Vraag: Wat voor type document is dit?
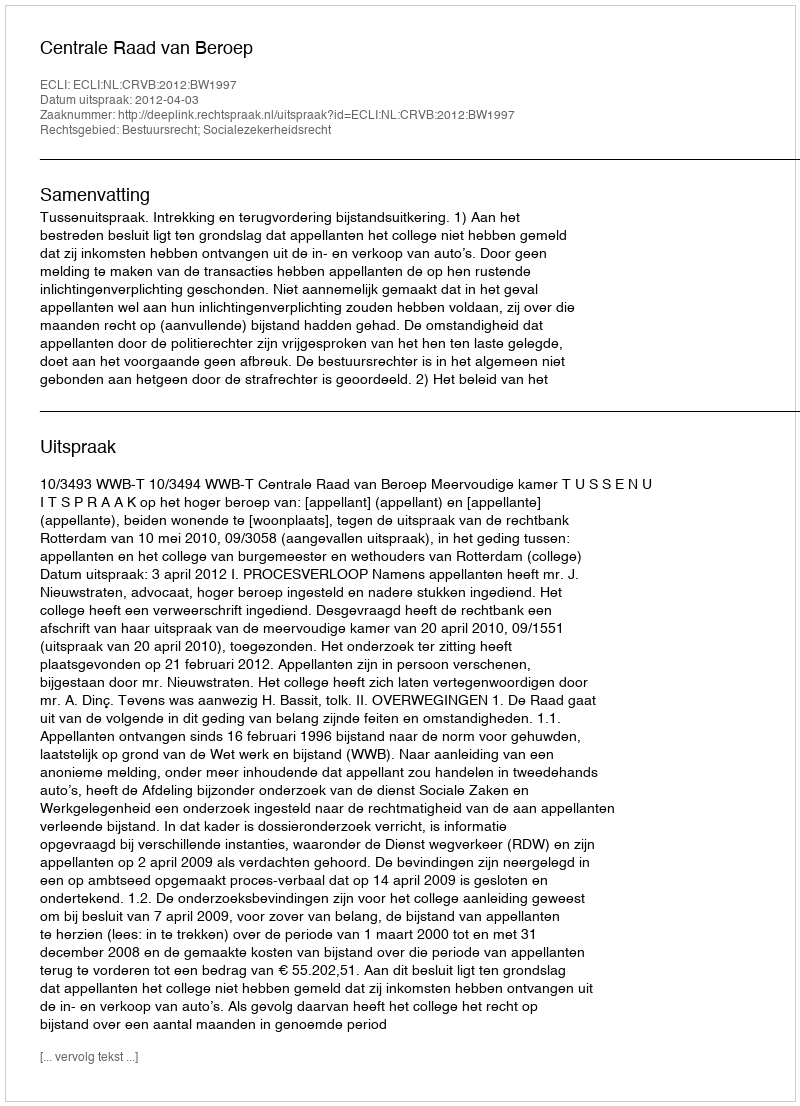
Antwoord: Uitspraak